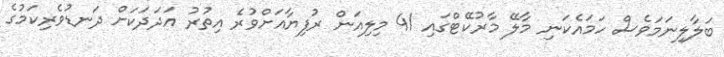
ބަލާލިނަމަވެސް ހަމައެކަނި މާލޭ މާރުކޭޓްގައި 41 މިލިއަން ރުފިޔާއަށްވުރެ އިތުރު އަދަދަކަށް ދަނޑުވެރިކަމުގެ